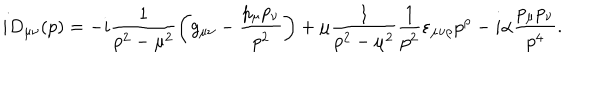
i D _ { \mu \nu } ( p ) = - i \frac { 1 } { p ^ { 2 } - \mu ^ { 2 } } \left( g _ { \mu \nu } - \frac { p _ { \mu } p _ { \nu } } { p ^ { 2 } } \right) + \mu \frac { 1 } { p ^ { 2 } - \mu ^ { 2 } } \frac { 1 } { p ^ { 2 } } \varepsilon _ { \mu \nu \rho } p ^ { \rho } - i \alpha \frac { p _ { \mu } p _ { \nu } } { p ^ { 4 } } .